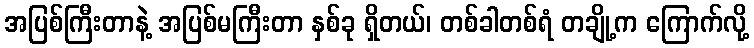
အပြစ်ကြီးတာနဲ့ အပြစ်မကြီးတာ နှစ်ခု ရှိတယ်၊ တစ်ခါတစ်ရံ တချို့က ကြောက်လို့